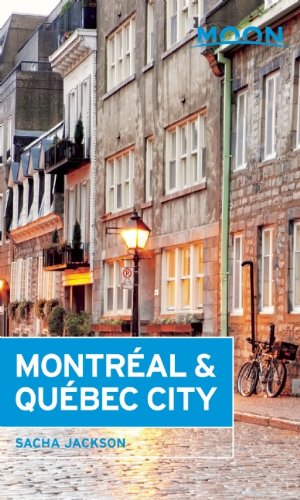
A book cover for Moon MontrÃ©al & QuÃ©bec City (Moon Handbooks); Sacha Jackson; Travel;